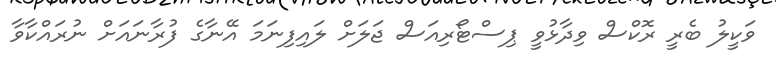
ވަކީލު ބެރީ ރޮކްސް ވިދާޅުވީ ޕިސްޓޯރިއަސް ޖަލަށް ލައިފިނަމަ އޭނާގެ ފުރާނައަށް ނުރައްކާވާ